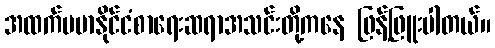
အထက်ဗမာနိုင်ငံစာရေးဆရာအသင်းတို့ကနေ ဖြန့်ဖြူးပါတယ်။